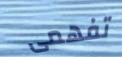
تفهمى